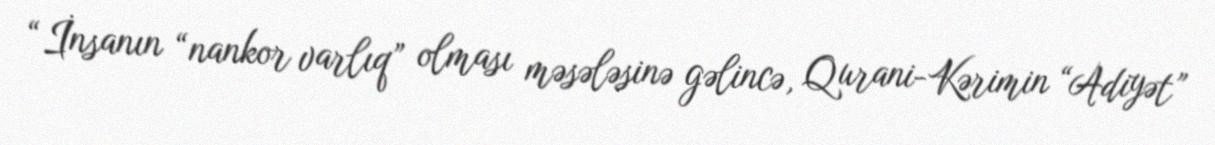
“İnsanın “nankor varlıq” olması məsələsinə gəlincə, Qurani-Kərimin “Adiyət”